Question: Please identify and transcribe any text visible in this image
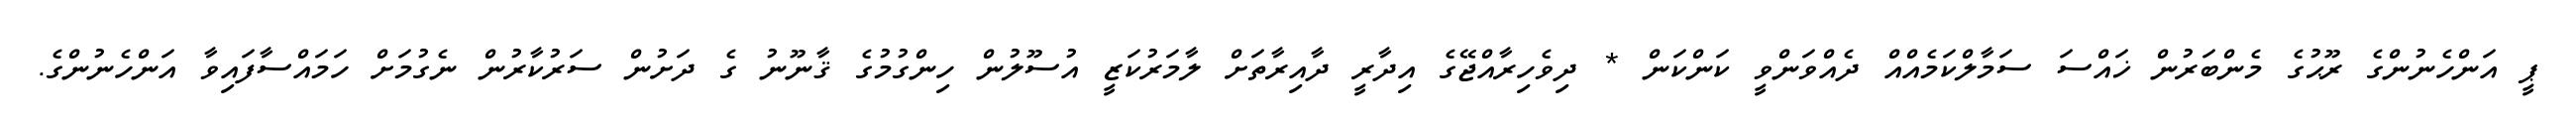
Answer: ޕީ އަންހެނުންގެ ރޫޙުގެ މެންބަރުން ޚައްސަ ސަމާލްކަމެއްއް ދެއްވަންވީ ކަންކަން * ދިވެހިރާއްޖޭގެ އިދާރީ ދާއިރާތަށް ލާމަރުކަޒީ އުސޫލުން ހިންގުމުގެ ޤާނޫނު ގެ ދަށުން ސަރުކާރުން ނެގުމަށް ހަމައްސާފައިވާ އަންހެނުންގެ.